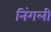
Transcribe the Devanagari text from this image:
निंगली